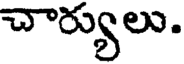
చార్యులు.